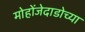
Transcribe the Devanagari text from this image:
मोहोंजेदाडोच्या